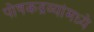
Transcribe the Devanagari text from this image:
पोषकद्रव्यांमध्ये